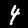
Label: 4